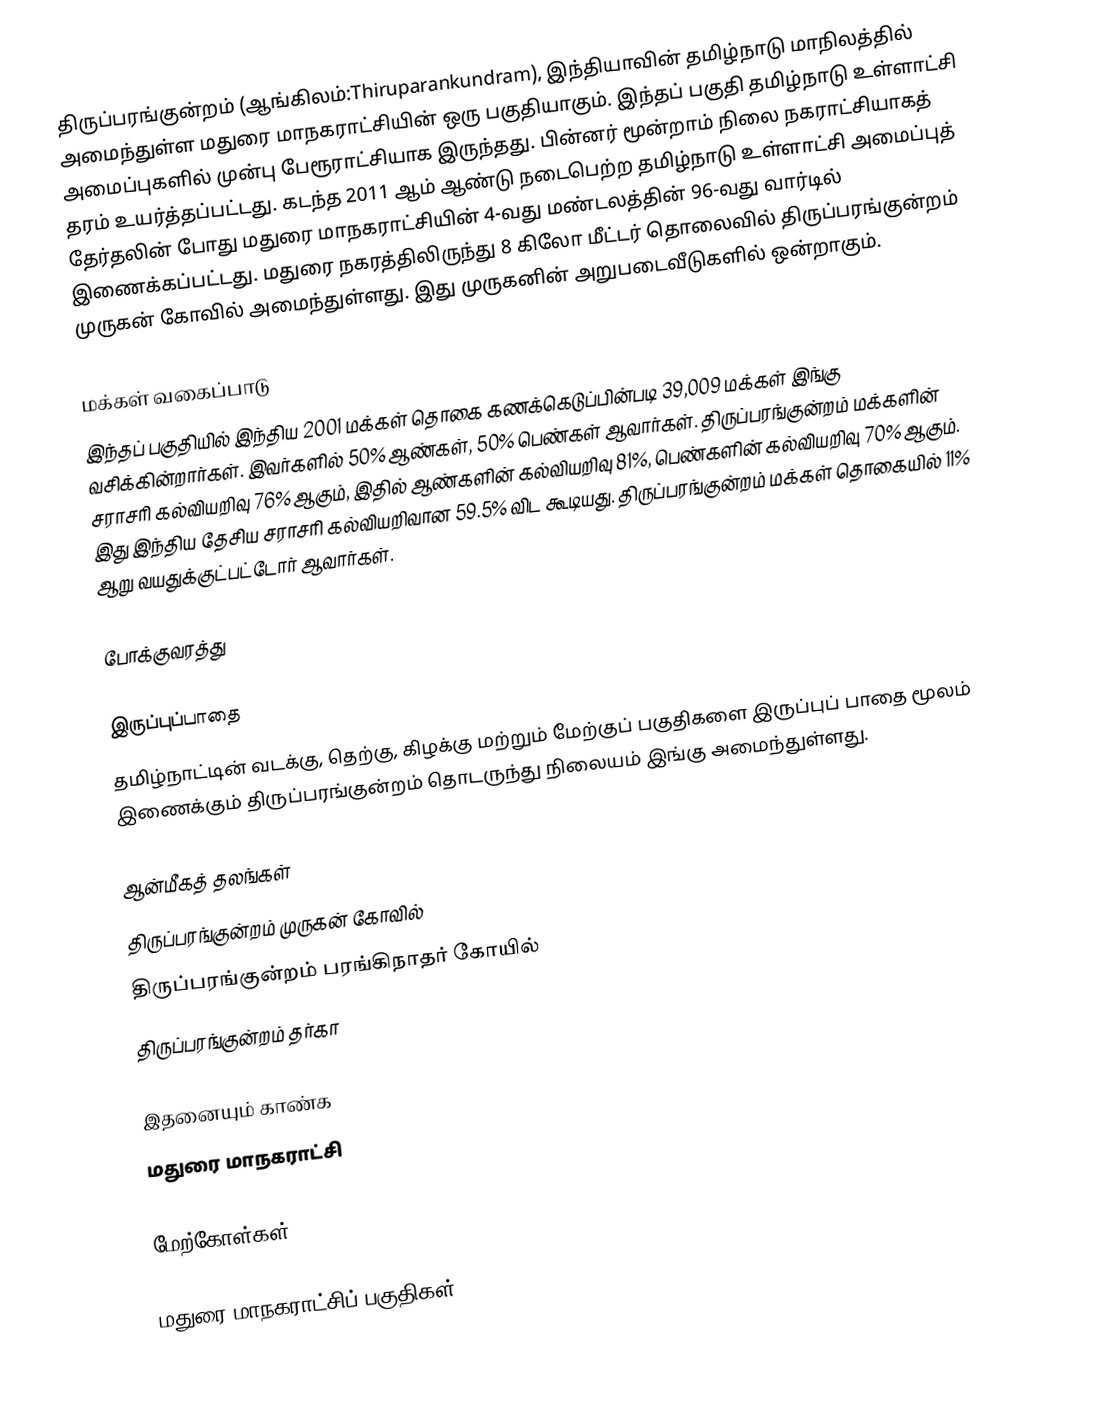
திருப்பரங்குன்றம் (ஆங்கிலம்:Thiruparankundram), இந்தியாவின் தமிழ்நாடு மாநிலத்தில் அமைந்துள்ள மதுரை மாநகராட்சியின் ஒரு பகுதியாகும். இந்தப் பகுதி தமிழ்நாடு உள்ளாட்சி அமைப்புகளில் முன்பு பேரூராட்சியாக இருந்தது. பின்னர் மூன்றாம் நிலை நகராட்சியாகத் தரம் உயர்த்தப்பட்டது. கடந்த 2011 ஆம் ஆண்டு நடைபெற்ற தமிழ்நாடு உள்ளாட்சி அமைப்புத் தேர்தலின் போது மதுரை மாநகராட்சியின் 4-வது மண்டலத்தின் 96-வது வார்டில் இணைக்கப்பட்டது. மதுரை நகரத்திலிருந்து 8 கிலோ மீட்டர் தொலைவில் திருப்பரங்குன்றம் முருகன் கோவில் அமைந்துள்ளது. இது முருகனின் அறுபடைவீடுகளில் ஒன்றாகும்.

மக்கள் வகைப்பாடு
இந்தப் பகுதியில் இந்திய 2001 மக்கள் தொகை கணக்கெடுப்பின்படி 39,009 மக்கள் இங்கு வசிக்கின்றார்கள். இவர்களில் 50% ஆண்கள், 50% பெண்கள் ஆவார்கள். திருப்பரங்குன்றம் மக்களின் சராசரி கல்வியறிவு 76% ஆகும், இதில் ஆண்களின் கல்வியறிவு 81%, பெண்களின் கல்வியறிவு 70% ஆகும். இது இந்திய தேசிய சராசரி கல்வியறிவான 59.5% விட கூடியது. திருப்பரங்குன்றம் மக்கள் தொகையில் 11%  ஆறு வயதுக்குட்பட்டோர் ஆவார்கள்.

போக்குவரத்து

இருப்புப்பாதை
தமிழ்நாட்டின் வடக்கு, தெற்கு, கிழக்கு மற்றும் மேற்குப் பகுதிகளை இருப்புப் பாதை மூலம் இணைக்கும் திருப்பரங்குன்றம் தொடருந்து நிலையம் இங்கு அமைந்துள்ளது.

ஆன்மீகத் தலங்கள்
 திருப்பரங்குன்றம் முருகன் கோவில்
 திருப்பரங்குன்றம் பரங்கிநாதர் கோயில்
 திருப்பரங்குன்றம் தர்கா

இதனையும் காண்க
 மதுரை மாநகராட்சி

மேற்கோள்கள்

மதுரை மாநகராட்சிப் பகுதிகள்